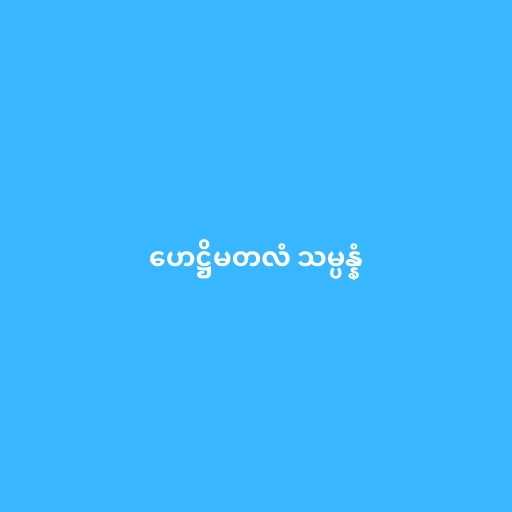
ဟေဋ္ဌိမတလံ သမ္ပန္နံ